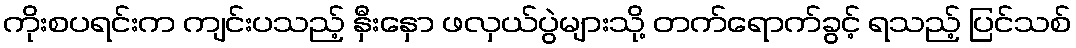
ကိုးစပရင်းက ကျင်းပသည့် နှီးနှော ဖလှယ်ပွဲများသို့ တက်ရောက်ခွင့် ရသည့် ပြင်သစ်